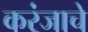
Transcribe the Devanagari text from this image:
करंजाचे